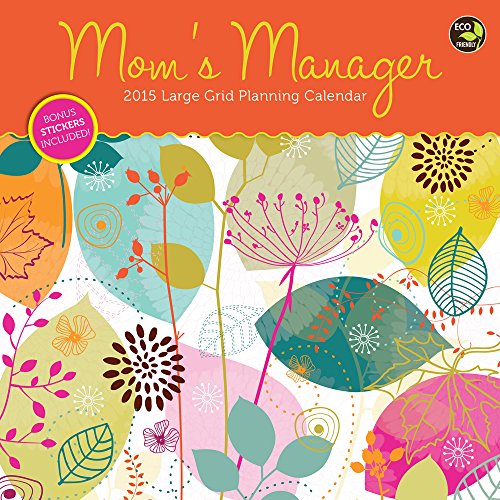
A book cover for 2015 Mom's Manager Wall Calendar; TF PUBLISHING; Calendars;